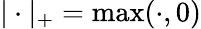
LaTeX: |\cdot|_{+}=\operatorname*{max}(\cdot,0)